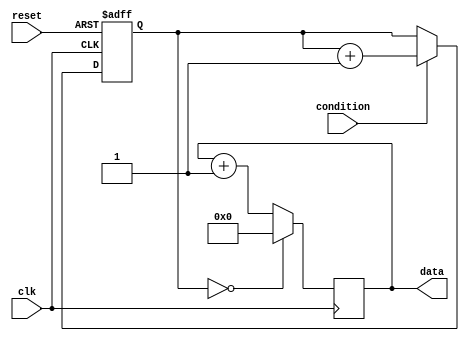
module generate_while_loop (
    input wire clk,
    input wire reset,
    input wire condition,
    output reg [7:0] data
);

reg [7:0] count;

always @ (posedge clk or posedge reset) begin
    if (reset) begin
        count <= 0;
    end else begin
        if (condition) begin
            count <= count + 1;
        end
    end
end

always @ (posedge clk) begin
    if (count == 0) begin
        data <= 8'h00;
    end else begin
        // Perform operations on data here
        data <= data + 8'h01;
    end
end

endmodule